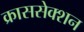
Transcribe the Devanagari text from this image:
क्राससेक्शन